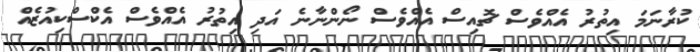
ކުރާނަމަ އިތުރު އެއްވެސް ޗޮއިސް އެއްވެސް ނޯންނާނެ އަދި އިތުރު އެއްވެސް އެކްސްކިއުޒެއް